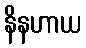
နိနဟာယ